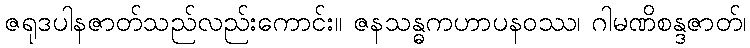
ဇရုဒပါနဇာတ်သည်လည်းကောင်း။ ဇနသန္ဓကဟာပနဝဿ၊ ဂါမဏိစန္ဒဇာတ်၊